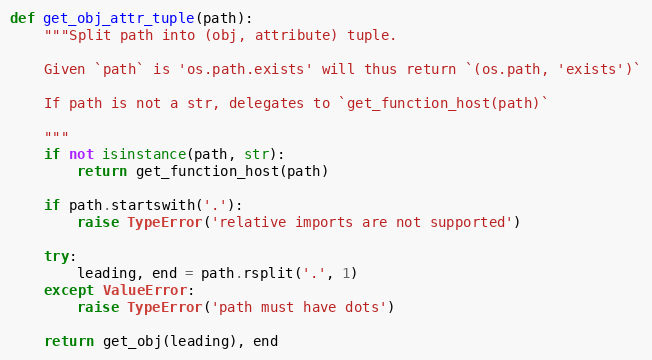
Language: Python
def get_obj_attr_tuple(path):
    """Split path into (obj, attribute) tuple.

    Given `path` is 'os.path.exists' will thus return `(os.path, 'exists')`

    If path is not a str, delegates to `get_function_host(path)`

    """
    if not isinstance(path, str):
        return get_function_host(path)

    if path.startswith('.'):
        raise TypeError('relative imports are not supported')

    try:
        leading, end = path.rsplit('.', 1)
    except ValueError:
        raise TypeError('path must have dots')

    return get_obj(leading), end